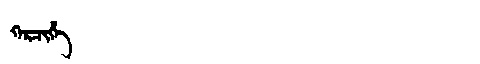
Manchu: ᡴᡝᡵᠴᡳᡥᡝ
Romanization: KERCIHE